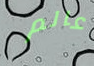
عالم